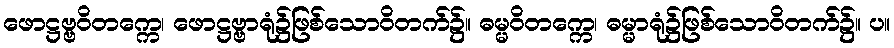
ဖောဋ္ဌဗ္ဗဝိတက္ကေ၊ ဖောဋ္ဌဗ္ဗာရုံ၌ဖြစ်သောဝိတက်၌။ ဓမ္မဝိတက္ကေ၊ ဓမ္မာရုံ၌ဖြစ်သောဝိတက်၌။ ပ။